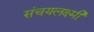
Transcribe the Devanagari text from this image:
संचयलक्ष्मी